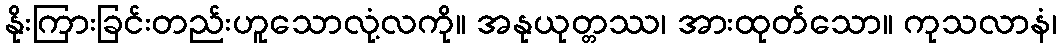
နိုးကြားခြင်းတည်းဟူသောလုံ့လကို။ အနုယုတ္တဿ၊ အားထုတ်သော။ ကုသလာနံ၊